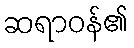
ဆရာဝန်၏